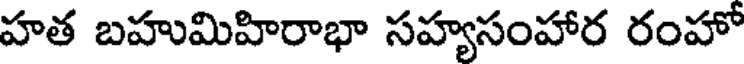
హత బహుమిహిరాభా సహ్యసంహార రంహో